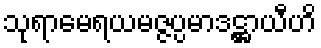
သုရာမေရယမဇ္ဇပ္ပမာဒဋ္ဌာယီဟိ